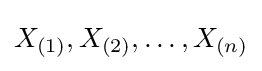
X_{(1)},X_{(2)},\ldots ,X_{(n)}